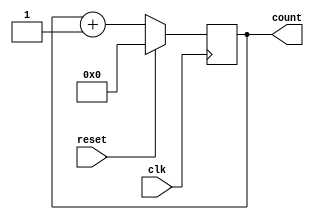
module synchronouscounter(clk,reset,count);
	input clk,reset;
	output reg [3:0] count;

        always@(posedge clk)
        begin
                if(reset)
                        count <= 4'b0000;
                else
                        count <= count + 1;
        end

endmodule